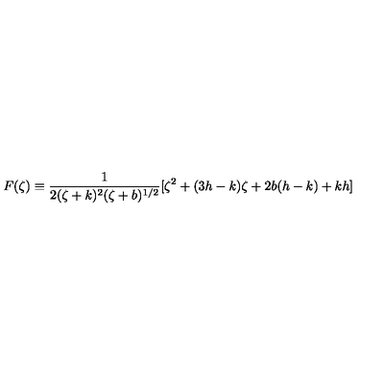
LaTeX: F ( \zeta ) \equiv \frac { 1 } { 2 ( \zeta + k ) ^ { 2 } ( \zeta + b ) ^ { 1 / 2 } } [ \zeta ^ { 2 } + ( 3 h - k ) \zeta + 2 b ( h - k ) + k h ]